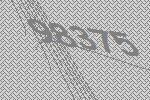
98375